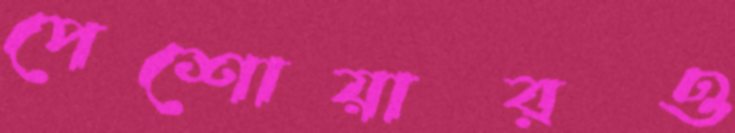
পেশোয়ারও